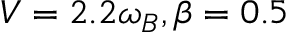
V = 2 . 2 \omega _ { B } , \beta = 0 . 5